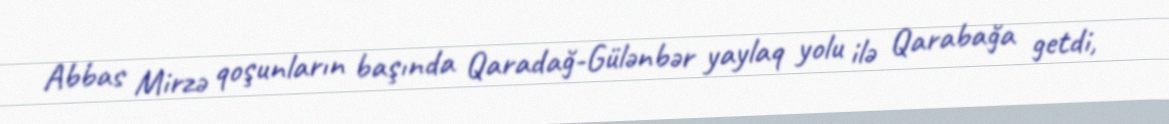
Abbas Mirzə qoşunların başında Qaradağ-Gülənbər yaylaq yolu ilə Qarabağa getdi,